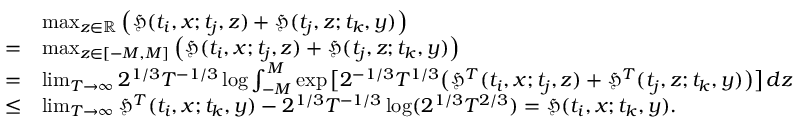
\begin{array} { r l } & { \operatorname* { m a x } _ { z \in \mathbb { R } } \left( \mathfrak { H } ( t _ { i } , x ; t _ { j } , z ) + \mathfrak { H } ( t _ { j } , z ; t _ { k } , y ) \right) } \\ { = } & { \operatorname* { m a x } _ { z \in [ - M , M ] } \left( \mathfrak { H } ( t _ { i } , x ; t _ { j } , z ) + \mathfrak { H } ( t _ { j } , z ; t _ { k } , y ) \right) } \\ { = } & { \operatorname* { l i m } _ { T \to \infty } 2 ^ { 1 / 3 } T ^ { - 1 / 3 } \log \int _ { - M } ^ { M } \exp \big [ 2 ^ { - 1 / 3 } T ^ { 1 / 3 } \big ( \mathfrak { H } ^ { T } ( t _ { i } , x ; t _ { j } , z ) + \mathfrak { H } ^ { T } ( t _ { j } , z ; t _ { k } , y ) \big ) \big ] \, d z } \\ { \leq } & { \operatorname* { l i m } _ { T \to \infty } \mathfrak { H } ^ { T } ( t _ { i } , x ; t _ { k } , y ) - 2 ^ { 1 / 3 } T ^ { - 1 / 3 } \log ( 2 ^ { 1 / 3 } T ^ { 2 / 3 } ) = \mathfrak { H } ( t _ { i } , x ; t _ { k } , y ) . } \end{array}